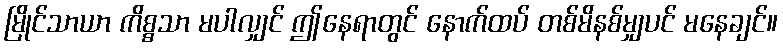
မြိုင်သာယာ ကိစ္စသာ မပါလျှင် ဤနေရာတွင် နောက်ထပ် တစ်မိနစ်မျှပင် မနေချင်။